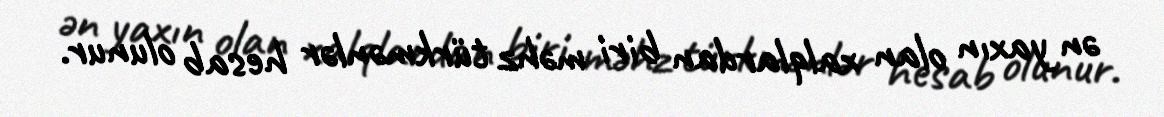
ən yaxın olan xalqlardan biri məhz türkmənlər hesab olunur.